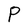
Character: P